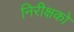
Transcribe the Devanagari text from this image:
निरीक्षको